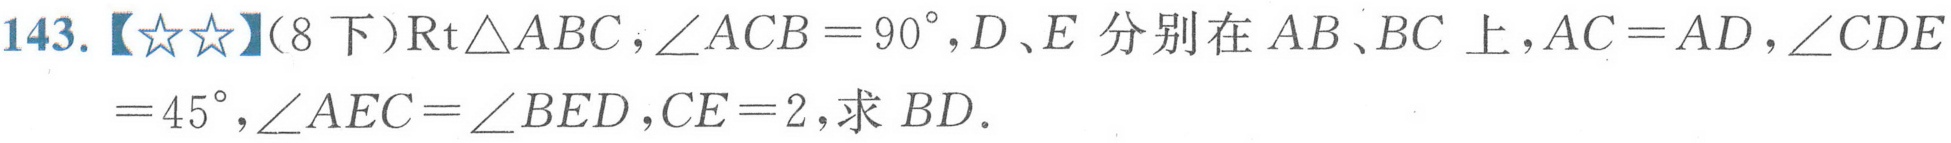
143.【★★】(8下)$\text{Rt}\triangle ABC,\angle ACB = 90^{\circ},D、E$分别在$AB、BC$上,$AC = AD,\angle CDE=45^{\circ},\angle AEC=\angle BED,CE = 2$,求$BD$.